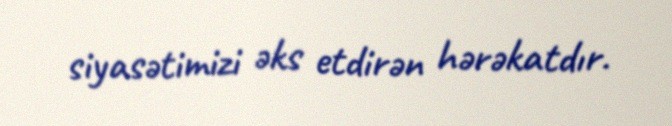
siyasətimizi əks etdirən hərəkatdır.